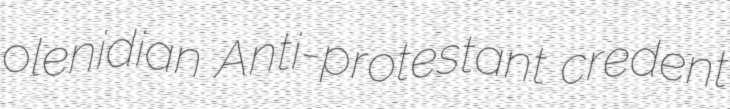
olenidian Anti-protestant credent